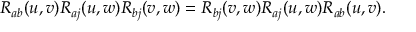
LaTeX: R _ { a b } ( u , v ) R _ { a j } ( u , w ) R _ { b j } ( v , w ) = R _ { b j } ( v , w ) R _ { a j } ( u , w ) R _ { a b } ( u , v ) .